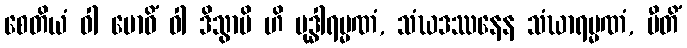
စေတိယံ ဝါ ဗောဓိံ ဝါ ဒိသွာပိ ဟိ ဗုဒ္ဓါရမ္မဏံ, သံဃဒဿနေန သံဃာရမ္မဏံ, ပီတိံ